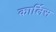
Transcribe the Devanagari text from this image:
कार्लिस